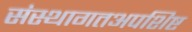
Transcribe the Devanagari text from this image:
संस्थागतअपशिष्ट